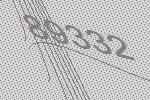
89332